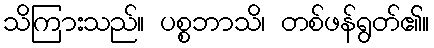
သိကြားသည်။ ပစ္စဘာသိ၊ တစ်ဖန်ရွတ်၏။